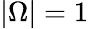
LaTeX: |\Omega|=1